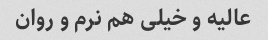
عالیه و خیلی هم نرم و روان